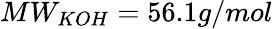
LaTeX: MW_{KOH}=56.1g/mol